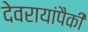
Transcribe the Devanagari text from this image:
देवरायांपैकी